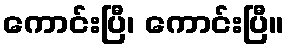
ကောင်းပြီ၊ ကောင်းပြီ။